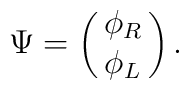
\Psi = \left(\matrix{ \phi_{R}\cr \phi_{L} \cr}\right) .